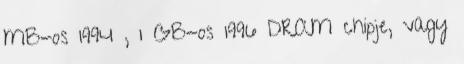
MB-os 1994 , 1 GB-os 1996 DRAM chipje, vagy